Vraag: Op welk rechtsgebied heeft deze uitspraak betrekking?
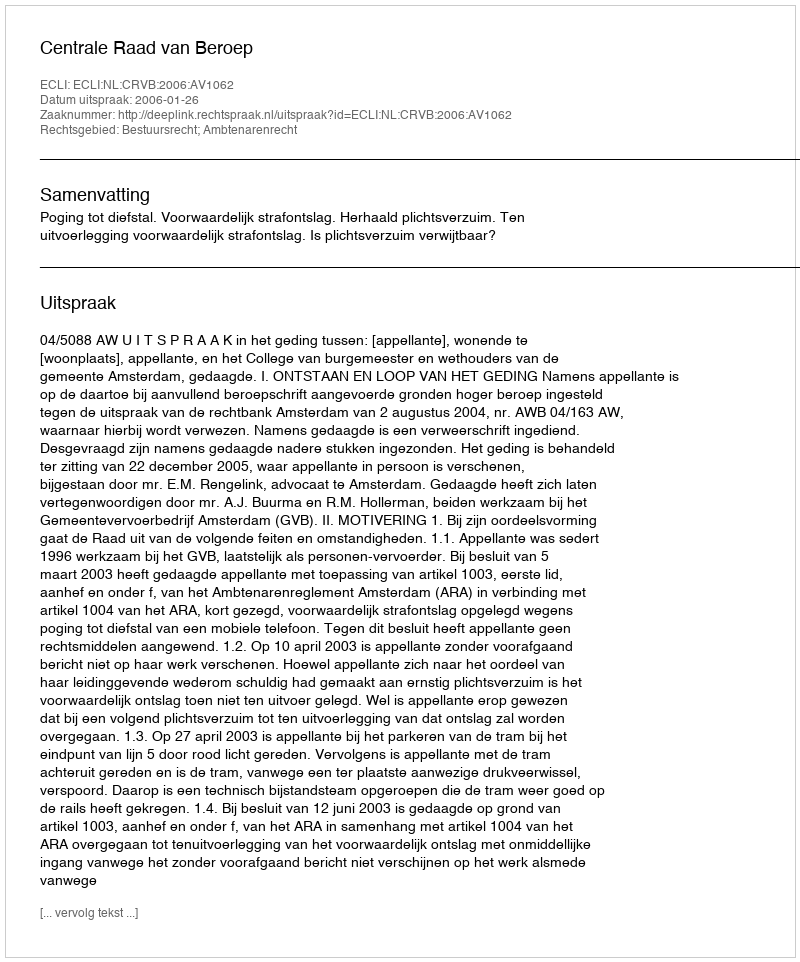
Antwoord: Bestuursrecht; Ambtenarenrecht